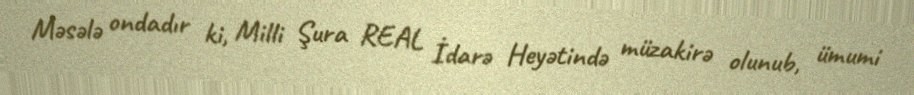
Məsələ ondadır ki, Milli Şura REAL İdarə Heyətində müzakirə olunub, ümumi